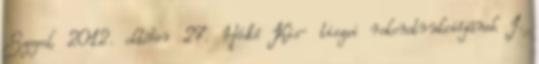
Szeged, 2012. október 27. Hódtó Kis- tiszai rekonstrukciójának I.